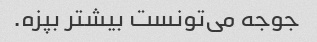
جوجه می‌تونست بیشتر بپزه.